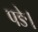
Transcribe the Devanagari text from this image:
पङे।